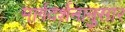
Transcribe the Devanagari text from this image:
मार्गदर्शनानुसार